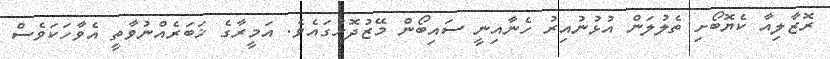
ރޮޒާލިއާ ކެޔޮބޯށި ތެލުލަން އުޅުނުއިރު ހެނާއިނީ ސައިބޯން މޭޒުދޮށުގައެވެ. އަމީރާގެ ޚަބަރެއްނުވާތީ އެވާހަކަވެސް